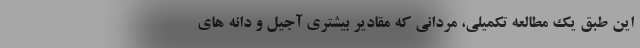
این طبق یک مطالعه تکمیلی، مردانی که مقادیر بیشتری آجیل و دانه‌ های